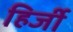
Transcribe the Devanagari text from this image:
हिर्जी